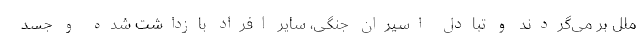
ملل بر می‌گردند و تبادل اسیران جنگی، سایر افراد بازداشت شده و جسد